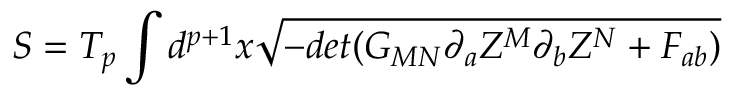
S = T _ { p } \int d ^ { p + 1 } x \sqrt { - d e t ( G _ { M N } \partial _ { a } Z ^ { M } \partial _ { b } Z ^ { N } + F _ { a b } ) }